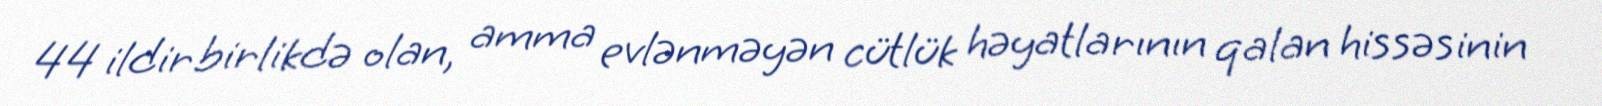
44 ildir birlikdə olan, amma evlənməyən cütlük həyatlarının qalan hissəsinin